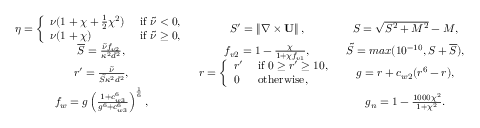
\begin{array} { c c c } { \eta = \left\{ \begin{array} { l l } { \nu ( 1 + \chi + \frac { 1 } { 2 } \chi ^ { 2 } ) } & { \mathrm { ~ i f ~ } \tilde { \nu } < 0 , } \\ { \nu ( 1 + \chi ) } & { \mathrm { ~ i f ~ } \tilde { \nu } \geq 0 , } \end{array} \right. } & { { S } ^ { \prime } = \left\| \nabla \times \mathbf { U } \right\| , } & { { S } = \sqrt { { S } ^ { 2 } + M ^ { 2 } } - M , } \\ { \overline { { S } } = \frac { \tilde { \nu } f _ { v 2 } } { \kappa ^ { 2 } d ^ { 2 } } , } & { f _ { v 2 } = 1 - \frac { \chi } { 1 + \chi f _ { v 1 } } , } & { \tilde { S } = m a x ( 1 0 ^ { - 1 0 } , S + \overline { { S } } ) , } \\ { { r } ^ { \prime } = \frac { \tilde { \nu } } { \tilde { S } \kappa ^ { 2 } d ^ { 2 } } , } & { r = \left\{ \begin{array} { l l } { { r } ^ { \prime } } & { \mathrm { ~ i f ~ } 0 \geq { r } ^ { \prime } \geq 1 0 , } \\ { 0 } & { \mathrm { ~ o t h e r w i s e , ~ } } \end{array} \right. } & { g = r + c _ { w 2 } ( r ^ { 6 } - r ) , } \\ { f _ { w } = g \left( \frac { 1 + c _ { w 3 } ^ { 6 } } { g ^ { 6 } + c _ { w 3 } ^ { 6 } } \right) ^ { \frac { 1 } { 6 } } , } & & { g _ { n } = 1 - \frac { 1 0 0 0 \chi ^ { 2 } } { 1 + \chi ^ { 2 } } . } \end{array}